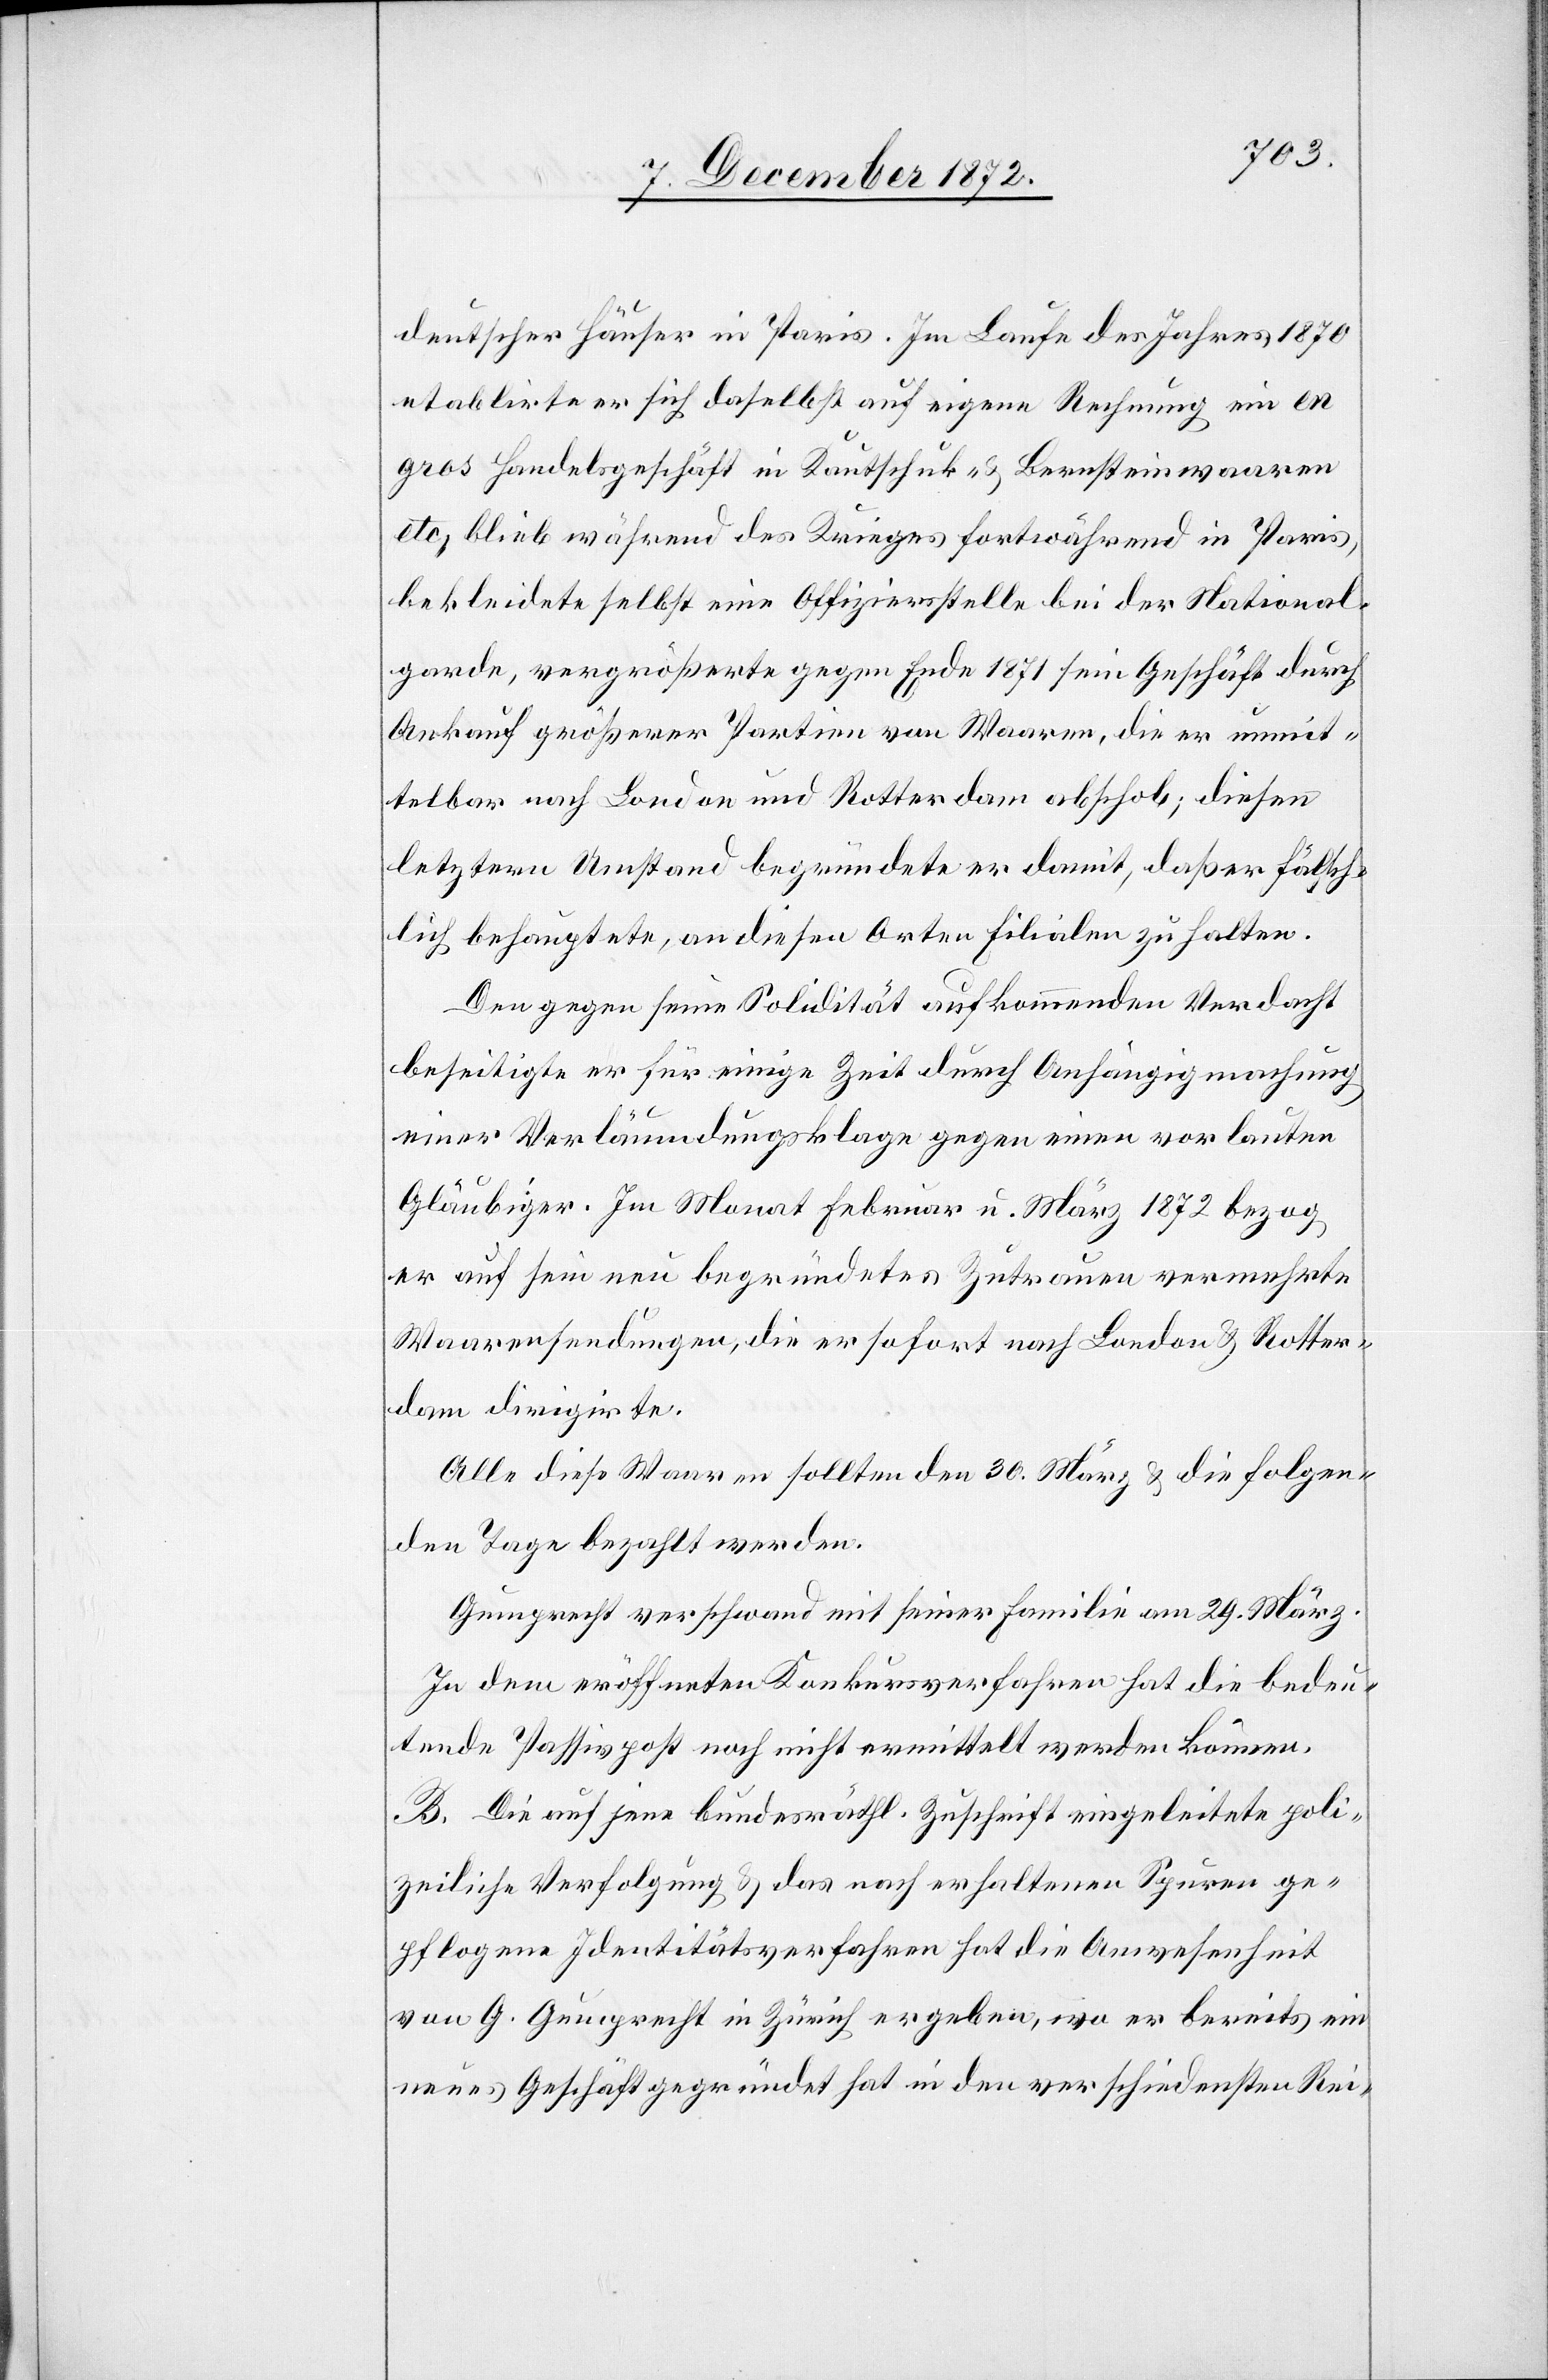
deutscher Häuser in Paris. Im Laufe des Jahres 1870
etablirte er sich daselbst auf eigene Rechnung ein en
gros Handelsgeschäft in Kautschuk- u. Bernsteinwaaren
etc., blieb während des Krieges fortwährend in Paris,
bekleidete selbst eine Offizierstelle bei der National¬
garde, vergrößerte gegen Ende 1871 sein Geschäft durch
Ankauf größerer Partien von Waaren, die er unmit¬
telbar nach London und Rotterdam abschob; diesen
letztern Umstand begründete er damit, daß er fälsch¬
lich behauptete, an diesen Orten Filialen zu halten.
Den gegen seine Solidität aufkommenden Verdacht
beseitigte er für einige Zeit durch Anhängigmachung
einer Verläumdungsklage gegen einen vorlauten
Gläubiger. Im Monat Februar u. März 1872 bezog
er auf sein neu begründetes Zutrauen vermehrte
Waarensendungen, die er sofort nach London u. Rotter¬
dam dirigirte.
Alle diese Waaren sollten den 30. März u. die folgen¬
den Tage bezahlt werden.
Gumprecht verschwand mit seiner Familie am 29. März.
In dem eröffneten Konkursverfahren hat die bedeu¬
tende Passivpost noch nicht ermittelt werden können.
B. Die auf jene bundesräthl. Zuschrift eingeleitete poli¬
zeiliche Verfolgung u. das nach erhaltenen Spuren ge¬
pflogene Identitätsverfahren hat die Anwesenheit
von G. Gumprecht in Zürich ergeben, wo er bereits ein
neues Geschäft gegründet hat in den verschiedensten Rei-